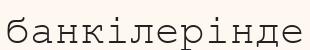
банкілерінде